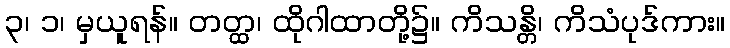
၃၊ ၁၊ မှယူရန်။ တတ္ထ၊ ထိုဂါထာတို့၌။ ကိသန္တိ၊ ကိသံပုဒ်ကား။